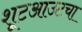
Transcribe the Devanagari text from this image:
शूटआउटचा